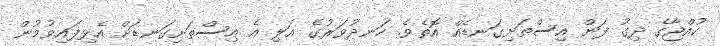
ކުއްޖާގެ ދިގު ފަން އިސްތަށިގަނޑެއް އޮތެވެ. ހަނދުވަރުގެ އަލި އެ އިސްތަށިގަނޑަށް އެޅިފައިވުމުން